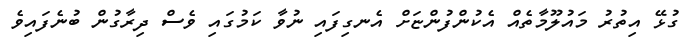
ގުޅޭ އިތުރު މައުލޫމާތެއް އެކުންފުންޏަށް އެނގިފައި ނުވާ ކަމުގައި ވެސް ދިރާގުން ބުނެފައިވެ